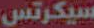
سيكرتس